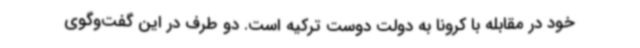
خود در مقابله با کرونا به دولت دوست ترکیه است. دو طرف در این گفت‌وگوی